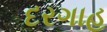
દરગાહ